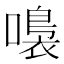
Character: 𡀮